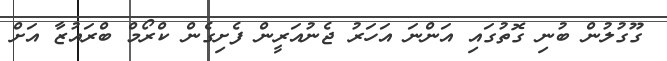
ގޫގުލުން ބުނި ގޮތުގައި އަންނަ އަހަރު ޖެނުއަރީން ފެށިގެން ކްރޯމް ބްރައުޒާ އަށް